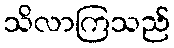
သိလာကြသည်